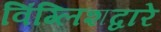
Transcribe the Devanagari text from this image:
विंग्लिशद्वारे